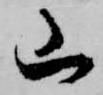
山